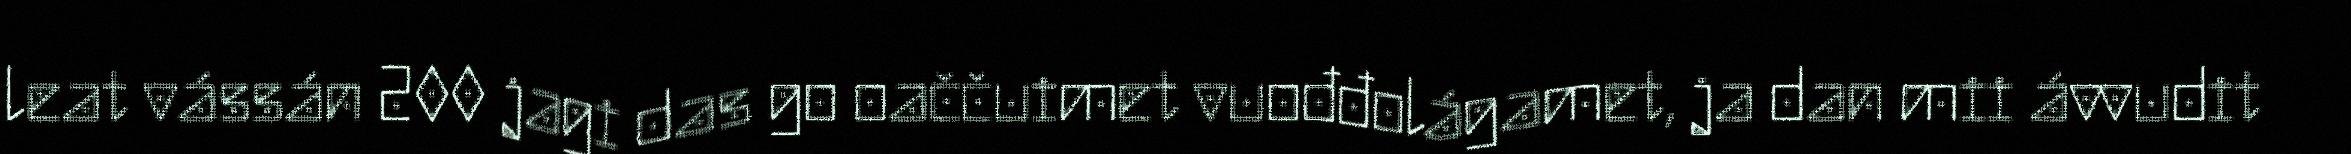
leat vássán 200 jagi das go oaččuimet vuođđolágamet, ja dan mii ávvudit